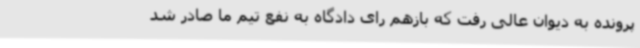
پرونده به دیوان عالی رفت که بازهم رای دادگاه به نفع تیم ما صادر شد